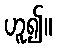
ဟူ၍။